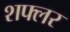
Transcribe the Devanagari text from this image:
शफ्लर